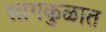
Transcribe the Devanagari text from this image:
सागकुळात